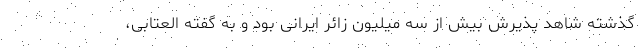
گذشته شاهد پذیرش بیش از سه میلیون زائر ایرانی بود و به گفته العتابی،